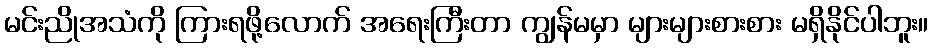
မင်းညိုအသံကို ကြားရဖို့လောက် အရေးကြီးတာ ကျွန်မမှာ များများစားစား မရှိနိုင်ပါဘူး။